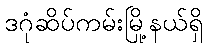
ဒဂုံဆိပ်ကမ်းမြို့နယ်ရှိ